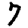
Digit: 7